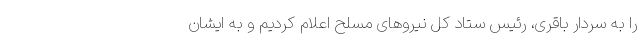
را به سردار باقری، رئیس ستاد کل نیروهای مسلح اعلام کردیم و به ایشان